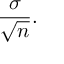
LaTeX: { \frac { \sigma } { \sqrt { n } } } .